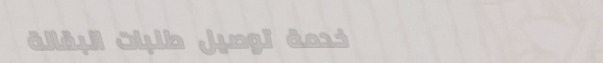
خدمة توصيل طلبات البقالة